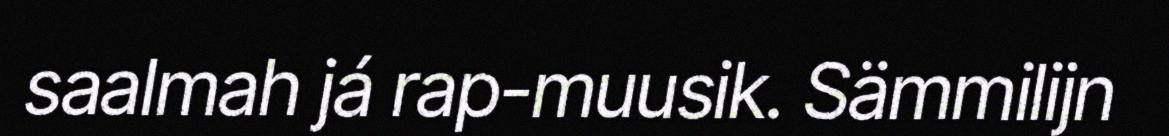
saalmah já rap-muusik. Sämmilijn